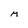
Character: M